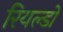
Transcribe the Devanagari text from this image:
रियल्डो